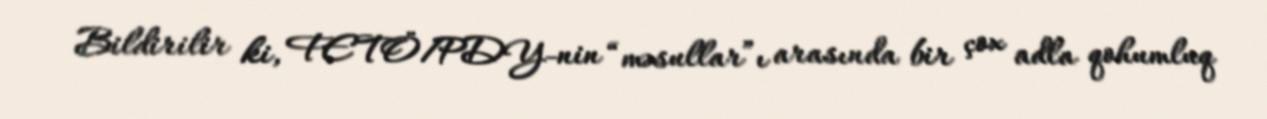
Bildirilir ki, FETÖ/PDY-nin “məsullar”ı arasında bir çox adla qohumluq